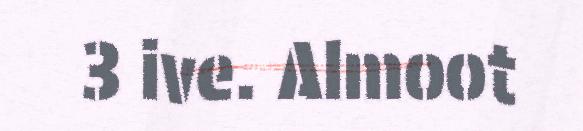
3 ive. Almoot